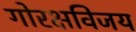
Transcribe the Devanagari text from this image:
गोरक्षविजय